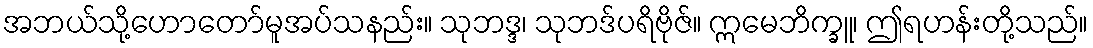
အဘယ်သို့ဟောတော်မူအပ်သနည်း။ သုဘဒ္ဒ၊ သုဘဒ်ပရိဗိုဇ်။ ဣမေဘိက္ခူ၊ ဤရဟန်းတို့သည်။